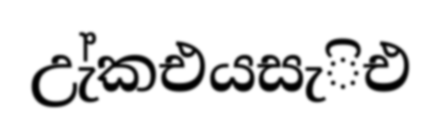
උැ්කඑයසැිඑ